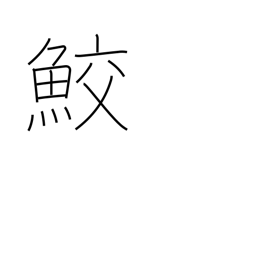
Meaning: shark